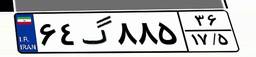
۸۸گ۶۸۵۷۲